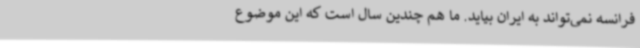
فرانسه نمی‌تواند به ایران بیاید. ما هم چندین سال است که این موضوع